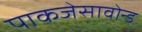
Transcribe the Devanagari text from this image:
पाकजेसावोन्ड